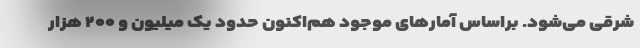
شرقی می‌شود. براساس آمارهای موجود هم‌اکنون حدود یک میلیون و ۲۰۰ هزار